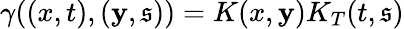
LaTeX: \gamma((x,t),(\mathbf{y},\mathfrak{s}))=K(x,\mathbf{y})K_{T}(t,\mathfrak{s})